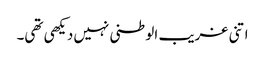
اتنی غریب الوطنی نہیں دیکھی تھی۔